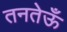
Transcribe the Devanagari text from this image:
तनतेऊँ